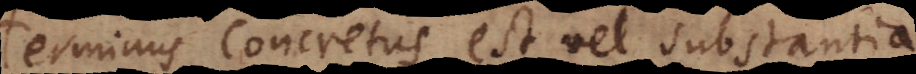
Terminus Concretus est vel substantia